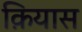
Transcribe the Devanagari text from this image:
क़ियास